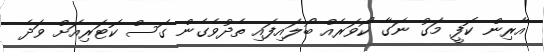
އާރިން ކޮފީ މަގު ނަގާ ކޯވަރެއް ބޯލައިފައި ތެދުވެގެން ގޮސް ކޮޓަރިއަށް ވަދެ